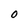
Character: O